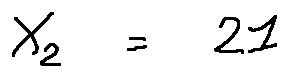
X _ { 2 } = 2 1